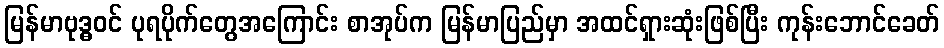
မြန်မာဗုဒ္ဓဝင် ပုရပိုက်တွေအကြောင်း စာအုပ်က မြန်မာပြည်မှာ အထင်ရှားဆုံးဖြစ်ပြီး ကုန်းဘောင်ခေတ်